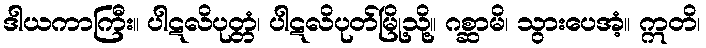
ဒါယကာကြီး။ ပါဋလိပုတ္တံ၊ ပါဋလိပုတ်မြို့သို့။ ဂစ္ဆာမိ၊ သွားပေအံ့။ ဣတိ၊